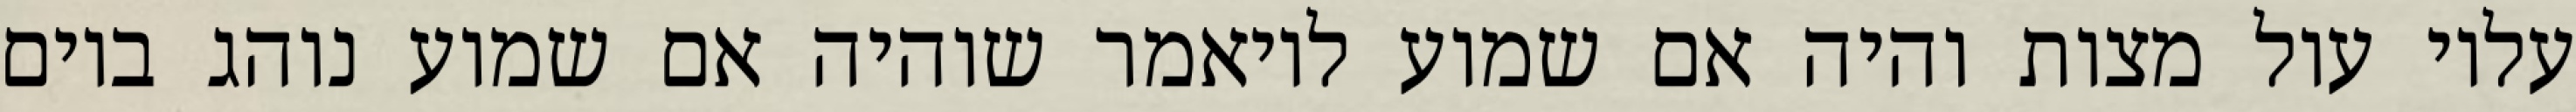
עליו עול מצות והיה אם שמוע לויאמר שוהיה אם שמוע נוהג ביום